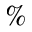
\%